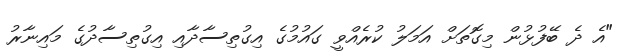
"އެ ދެ ބޭފުޅުން މިގޮތަށް އަމަލު ކުރެއްވީ ގައުމުގެ އިގުތިސާދާއި އިގުތިސާދުގެ މައިނާރު